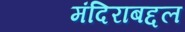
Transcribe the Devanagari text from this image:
मंदिराबद्दल